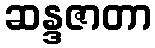
ဆန္ဒဇာတာ